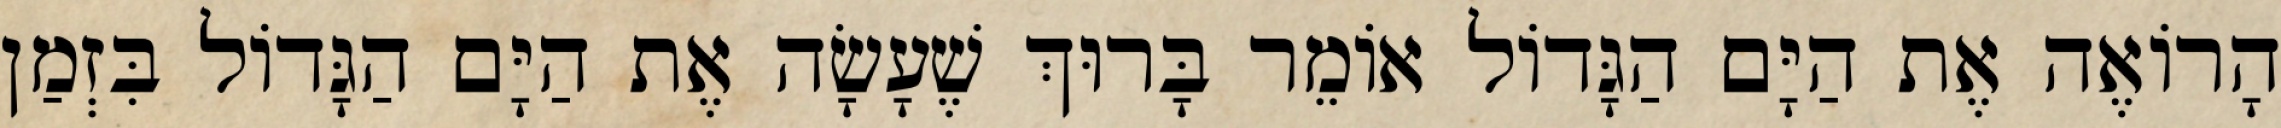
הָרוֹאֶה אֶת הַיָּם הַגָּדוֹל אוֹמֵר בָּרוּךְ שֶׁעָשָׂה אֶת הַיָּם הַגָּדוֹל בִּזְמַן